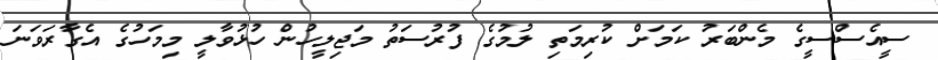
ސީއެސްސީގެ މެންބަރު ކަމަށް ކުރިމަތި ލުމުގެ ފުރުސަތު މަޖިލީހުން ހުޅުވާލީ މިމަހުގެ އެގާރަވަނަ